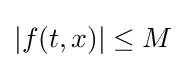
|f(t,x)|\leq M